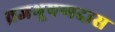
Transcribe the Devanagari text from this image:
व्रजभूषणदास